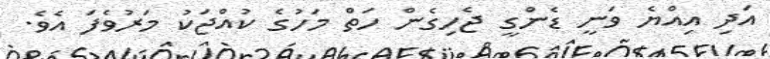
އަދި އިއްޔެ ވަނީ ޑެންގީ ޖެހިގެން ހަތް މަހުގެ ކުއްޖަކު މަރުވެފަ އެވެ.